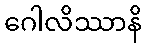
ဂေါလိဿာနိ